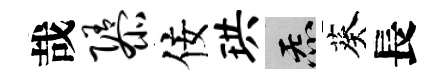
哉隳佞珙炁葵長